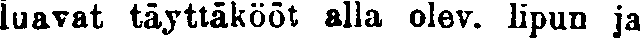
luavat täyttäkööt alla olev. lipun ja